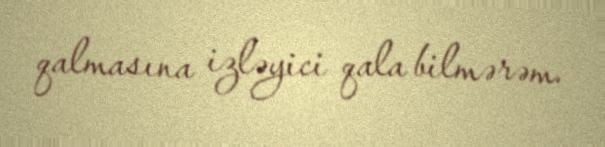
qalmasına izləyici qala bilmərəm.